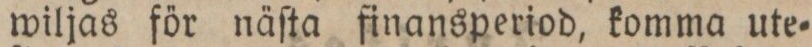
wiljas för näſta finansperiod, komma ute=